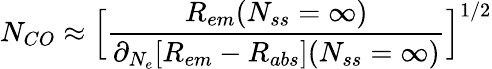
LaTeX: N_{CO}\approx\Big[\frac{R_{em}(N_{ss}=\infty)}{\partial_{N_{e}}[R_{em}-R_{abs}](N_{ss}=\infty)}\Big]^{1/2}